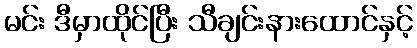
မင်း ဒီမှာထိုင်ပြီး သီချင်းနားထောင်နှင့်